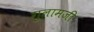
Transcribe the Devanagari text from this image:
गुलामजी